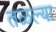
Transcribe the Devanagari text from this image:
तळल्या